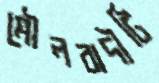
মৌলবাদীটি